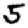
Digit: 5